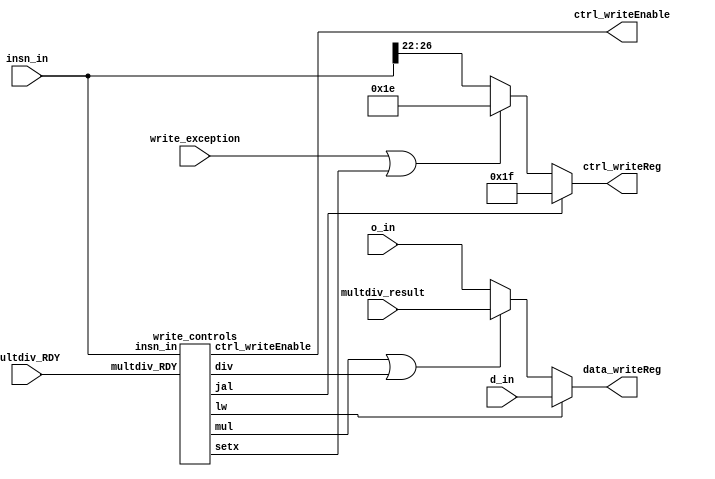
module stage_write(
	
	// inputs
	insn_in,
	o_in,	
	d_in,  				//q_dmem
	multdiv_result,
	multdiv_RDY,
	write_exception,
	
	// outputs
	data_writeReg,
	ctrl_writeReg,
	ctrl_writeEnable
);
	
	input [31:0] insn_in, o_in, d_in, multdiv_result;
	input multdiv_RDY, write_exception;
	
	output [31:0] data_writeReg;
	output [4:0] ctrl_writeReg;
	output ctrl_writeEnable;
	
	wire [31:0] data_writeReg_alt;
	wire [4:0] rd, ctrl_writeReg_alt1;
	wire lw, jal, setx, mul, div;
	
	assign rd 						= insn_in[26:22];
	assign data_writeReg 		= lw 								? d_in	: data_writeReg_alt;
	assign data_writeReg_alt	= (mul || div)					? multdiv_result : o_in;
	
	assign ctrl_writeReg 		= jal 							? 5'd31 	: ctrl_writeReg_alt1;
	assign ctrl_writeReg_alt1	= (write_exception | setx) ? 5'd30 	: rd;
	
	write_controls	wc(insn_in, multdiv_RDY, lw, jal, setx, mul, div, ctrl_writeEnable);
	
endmodule

module write_controls(insn_in, multdiv_RDY, lw, jal, setx, mul, div, ctrl_writeEnable);
	
	input [31:0] insn_in;
    input multdiv_RDY;
	output lw, jal, ctrl_writeEnable, setx, mul, div;
	

	wire [4:0] opcode, ALU_op;
	wire addi, cap, custom_r, r_insn;
	
	assign opcode 		= insn_in[31:27];
	assign ALU_op		= insn_in[6:2];
	assign r_insn 		= ~opcode[4] & ~opcode[3] & ~opcode[2] & ~opcode[1] & ~opcode[0];	
	assign cap			= ~opcode[4] &  opcode[3] &  opcode[2] & ~opcode[1] & ~opcode[0];	//01100
	assign addi 		= ~opcode[4] & ~opcode[3] &  opcode[2] & ~opcode[1] &  opcode[0];	//00101
	assign lw	 		= ~opcode[4] &  opcode[3] & ~opcode[2] & ~opcode[1] & ~opcode[0];	//01000
	assign jal	 		= ~opcode[4] & ~opcode[3] & ~opcode[2] &  opcode[1] &  opcode[0];	//00011
	assign setx			=  opcode[4] & ~opcode[3] &  opcode[2] & ~opcode[1] &  opcode[0];	//10101
	assign custom_r     = 1'b0; // CHANGE THIS FOR PROJECT
	
	assign mul		 	= r_insn && (~ALU_op[4] & ~ALU_op[3] &  ALU_op[2] &  ALU_op[1] & ~ALU_op[0]);	//00110
	assign div		 	= r_insn && (~ALU_op[4] & ~ALU_op[3] &  ALU_op[2] &  ALU_op[1] &  ALU_op[0]);	//00111

	assign ctrl_writeEnable = cap || (r_insn && ~mul && ~div) || ((mul || div) && multdiv_RDY) || addi || lw || jal || setx || custom_r;		// includes write to $rstatus


endmodule